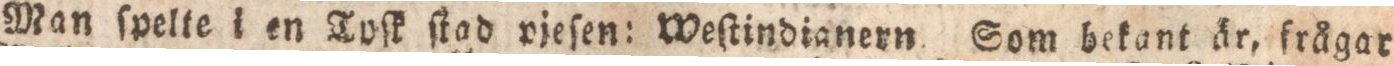
Man ſpelte i en Tyſk ſtad pjeſen: Weſtindianern. Som bekant är, frågar